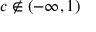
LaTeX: c \notin ( - \infty , 1 )